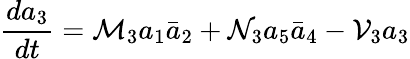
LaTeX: \frac{da_{3}}{dt}={\mathcal{M}}_{3}a_{1}\bar{a}_{2}+\mathcal{N}_{3}a_{5}\bar{a}_{4}-\mathcal{V}_{3}a_{3}